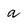
Character: a